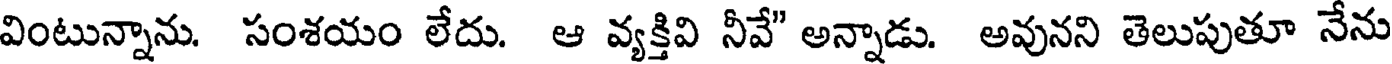
వింటున్నాను. సంశయం లేదు. ఆ వ్యక్తివి నీవే" అన్నాడు. అవునని తెలుపుతూ నేను